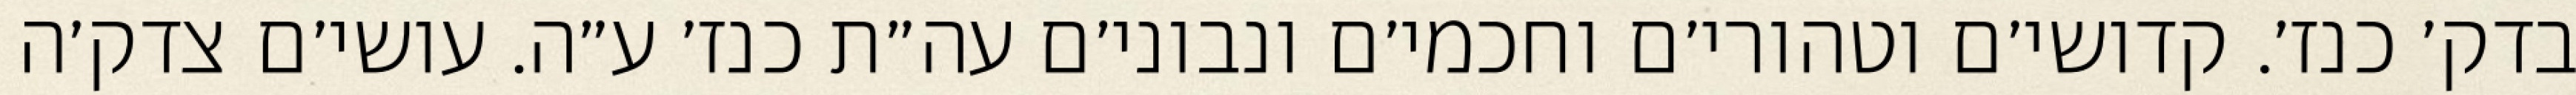
בדק׳ כנז׳. קדושי׳ם וטהורי׳ם וחכמי׳ם ונבוני׳ם עה״ת כנז׳ ע״ה. עושי׳ם צדק׳ה